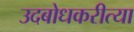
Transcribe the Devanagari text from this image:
उदबोधकरीत्या